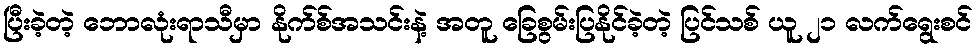
ပြီးခဲ့တဲ့ ဘောလုံးရာသီမှာ နိုက်စ်အသင်းနဲ့ အတူ ခြေစွမ်းပြနိုင်ခဲ့တဲ့ ပြင်သစ် ယူ ၂၁ လက်ရွေးစင်